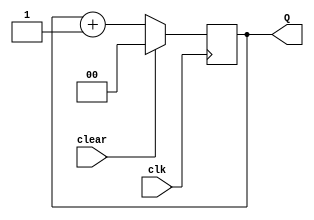
module upconunt(clear, clk, Q);

	//00 => 01 => 10 => 11 => 00 => ..
	
	parameter n = 2;
	
	input clear, clk;
	output reg [n-1:0] Q;
	
	always @ (posedge clk)
		if(clear)
			Q <= 0;
		else
			Q <= Q + 1;
			
endmodule